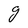
Character: g